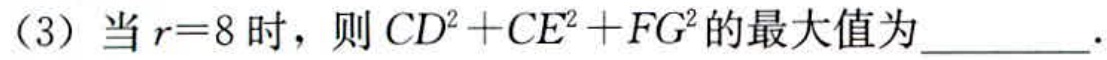
(3) 当 \(r = 8\) 时，则 \(CD^{2}+CE^{2}+FG^{2}\) 的最大值为__________.